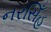
નરસિઁહ